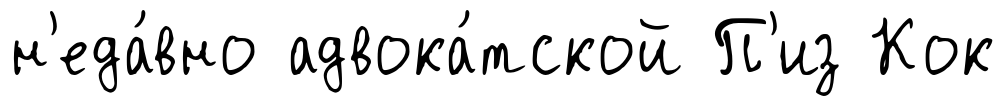
н'еда́вно адвока́тской П'из Кок